Manual of the Civil Veterinary Department, Central Provinces and Berar
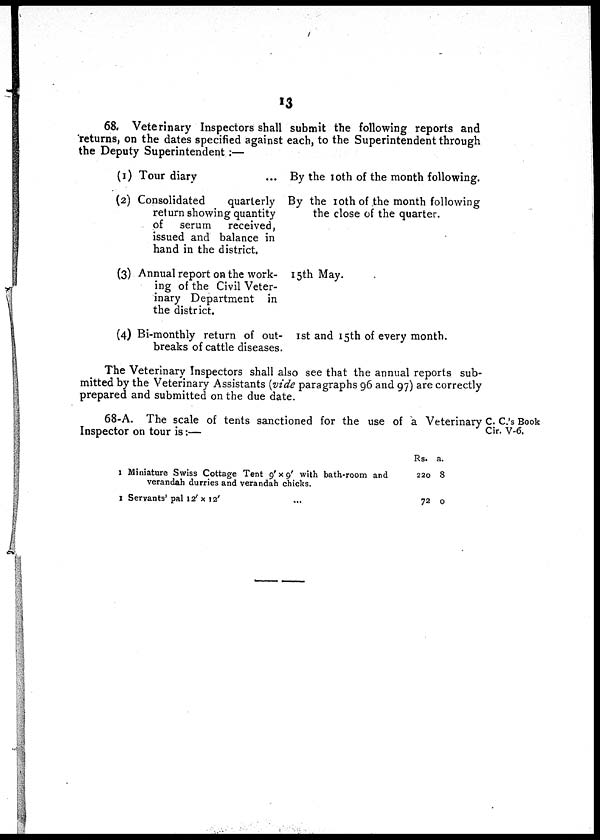
13
68. Veterinary Inspectors shall submit the following reports and
returns, on the dates specified against each, to the Superintendent through
the Deputy Superintendent:—
(1) Tour diary ...
(2) Consolidated
quarterly
return showing quantity
of serum
received,
issued and balance in
hand in the district.
(3) Annual report on the work-
ing of the Civil Veter-
inary Department in
the district.
(4) Bi-monthly return of out-
breaks of cattle diseases.
By the 10th of the month following.
By the 10th of the month following
the close of the quarter.
15th May.
1st and 15th of every month.
The Veterinary Inspectors shall also see that the annual reports sub-
mitted by the Veterinary Assistants (vide paragraphs 96 and 97) are correctly
prepared and submitted on the due date.
C. C.'s Book
Cir. V-6.
68-A. The scale of tents sanctioned for the use of a Veterinary
Inspector on tour is:—
1 Miniature Swiss Cottage Tent 9' x 9' with bath-room and
verandah durries and verandah chicks.
1 Servants' pal 12' x 12' ...
Rs.
220
72
a.
8
0